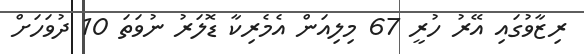
ރިޒާވުގައި އޭރު ހުރީ 67 މިލިއަން އެމެރިކާ ޑޮލަރު ނުވަތަ 10 ދުވަހަށް